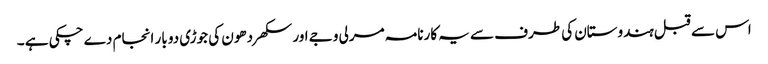
اس سے قبل ہندوستان کی طرف سے یہ کارنامہ مرلی وجے اور سکھر دھون کی جوڑی دو بار انجام دے چکی ہے ۔